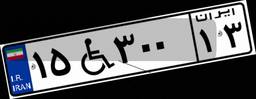
۱۵W۳۰۰۱۳